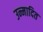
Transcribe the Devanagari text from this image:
उन्मादित